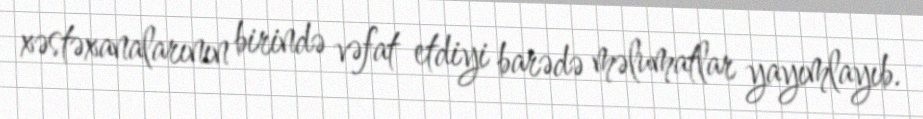
xəstəxanalarının birində vəfat etdiyi barədə məlumatlar yayımlayıb.